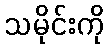
သမိုင်းကို